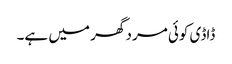
ڈاڈی کوئی مرد گھر میں ہے۔